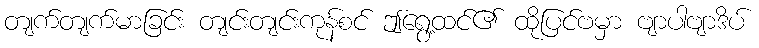
တျက်တျက်မာခြင်း တျင်းတျင်းကုန်စင် ဤရွေ့ထင်၏ ထိုပြင်ဗမှာ ဗျာပါဗျာဒိပ်